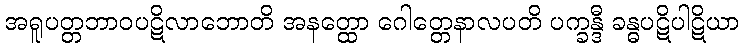
အရူပတ္တဘာဝပဋိလာဘောတိ အနတ္ထော ဂေါတ္တေနာလပတိ ပက္ခန္ဒီ ခန္ဓပဋိပါဋိယာ